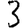
Digit: 3